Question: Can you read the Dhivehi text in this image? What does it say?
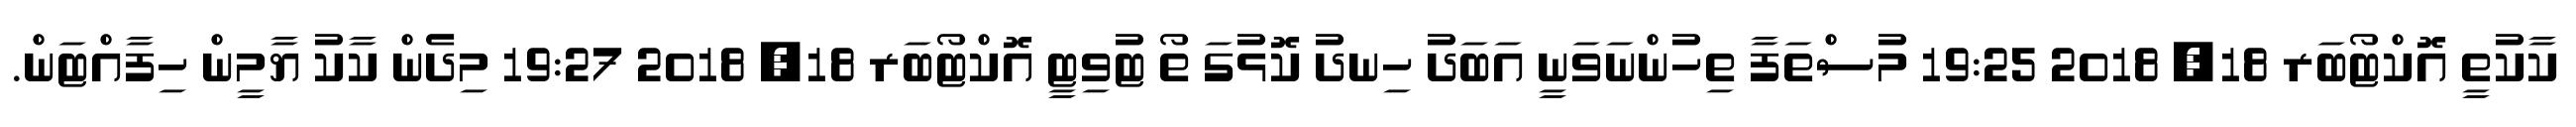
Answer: ކާކުތީ އޮކްޓޯބަރ 18, 2018 19:25 މުސްތަފާ ތިހުންނަވަނީ އަބަދު ހިނދު ކޮޅުގަ ތޯ ޓުވިޓީ އޮކްޓޯބަރ 18, 2018 19:27 މިދެން ކާކު ޔާމީން ހިފާއްޓަން.